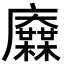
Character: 𢌋